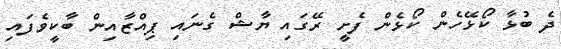
ދެ ބުޅާ ކޯޅޭހެން ކޯޅެން ފެށީ ރޭގައި ޔާޝް ގެނައި ޕިއްޒާއިން ބާކީވެފައި